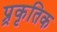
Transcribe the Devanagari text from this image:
प्र्रकृतिक